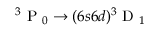
\ensuremath { { ^ 3 \mathrm { ~ P ~ } _ { 0 } } } \rightarrow ( 6 s 6 d ) \ensuremath { { ^ 3 \mathrm { ~ D ~ } _ { 1 } } }